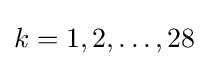
k=1,2,\ldots ,28